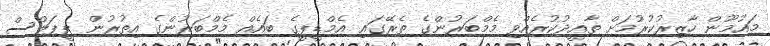
މައުމޫން ހާޒިރުކުރުމަށް ތާއީދުކުރެއްވި މެމްބަރުންގެ ތެރޭގައި އެމްޑީޕީގެ ބައެއް މެމްބަރުންގެ އިތުރުން ޕީޕަލްސް